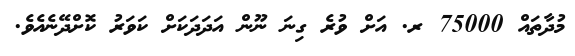
މުދާތައް 75000 ރ. އަށް ވުރެ ގިނަ ނޫން އަދަދަކަށް ކަވަރު ކޮށްދޭނެއެވެ.